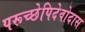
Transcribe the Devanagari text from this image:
परूच्छेपिदेवोदास